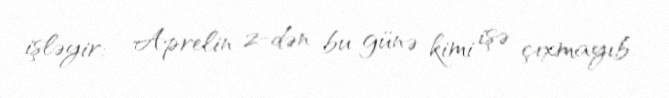
işləyir: - Aprelin 2-dən bu günə kimi işə çıxmayıb.